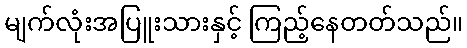
မျက်လုံးအပြူးသားနှင့် ကြည့်နေတတ်သည်။